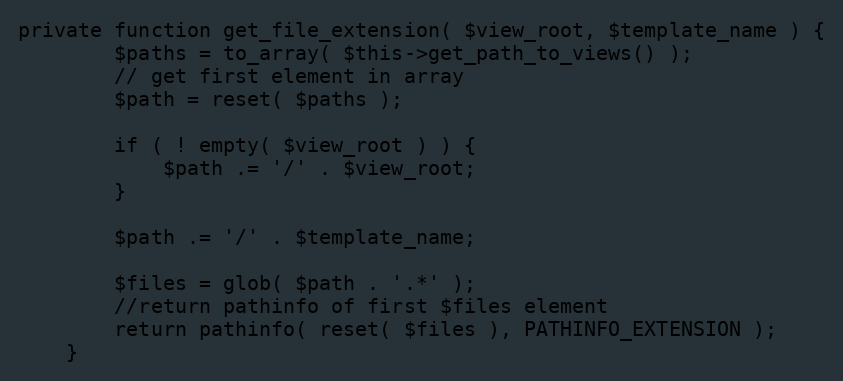
Language: PHP
private function get_file_extension( $view_root, $template_name ) {
		$paths = to_array( $this->get_path_to_views() );
		// get first element in array
		$path = reset( $paths );

		if ( ! empty( $view_root ) ) {
			$path .= '/' . $view_root;
		}

		$path .= '/' . $template_name;

		$files = glob( $path . '.*' );
		//return pathinfo of first $files element
		return pathinfo( reset( $files ), PATHINFO_EXTENSION );
	}